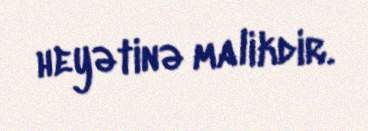
heyətinə malikdir.